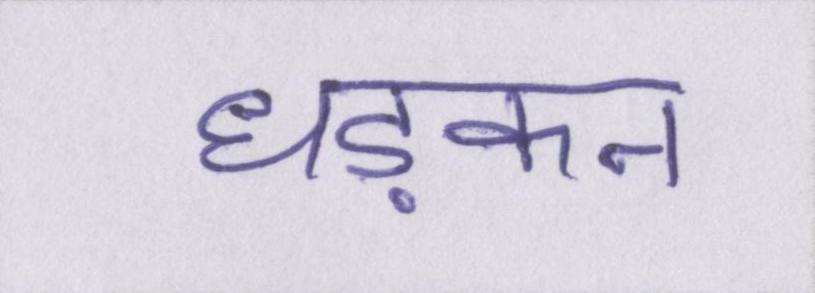
धड़कन